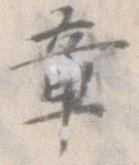
章